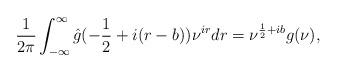
LaTeX: \begin{align*}\frac{1}{2\pi}\int_{-\infty}^\infty\hat{g}(-\frac12+i(r-b))\nu^{ir} dr =\nu^{\frac12+ib}g(\nu),\end{align*}